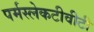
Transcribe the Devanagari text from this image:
पर्मस्लेकटीवीटी